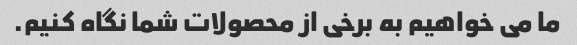
ما می خواهیم به برخی از محصولات شما نگاه کنیم.